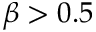
\beta > 0 . 5